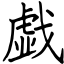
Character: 戯